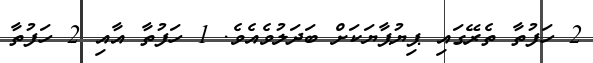
2 ހަފުތާ ތެރޭގައި ޕިޔުޕާޔަކަށް ބަދަލުވެއެވެ. 1 ހަފުތާ އާއި 2 ހަފުތާ